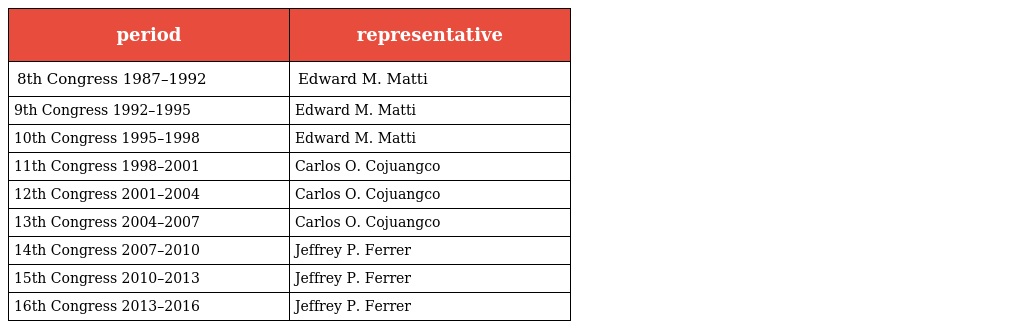
| period | representative |
 | --- | --- |
 | 8th Congress 1987–1992 | Edward M. Matti |
 | 9th Congress 1992–1995 | Edward M. Matti |
 | 10th Congress 1995–1998 | Edward M. Matti |
 | 11th Congress 1998–2001 | Carlos O. Cojuangco |
 | 12th Congress 2001–2004 | Carlos O. Cojuangco |
 | 13th Congress 2004–2007 | Carlos O. Cojuangco |
 | 14th Congress 2007–2010 | Jeffrey P. Ferrer |
 | 15th Congress 2010–2013 | Jeffrey P. Ferrer |
 | 16th Congress 2013–2016 | Jeffrey P. Ferrer |